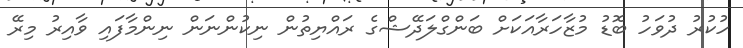
ހުކުރު ދުވަހު ބޮޑު މުޒާހަރާއަކަށް ބަންގްލަދޭޝްގެ ރައްޔިތުން ނިކުންނަން ނިންމާފައި ވާއިރު މިރޭ